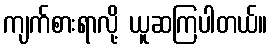
ကျက်စားရာလို့ ယူဆကြပါတယ်။